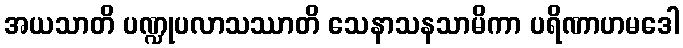
အယသာတိ ပဏ္ဍုပလာသဿာတိ သေနာသနသာမိကာ ပရိဏာဟမဒေါ